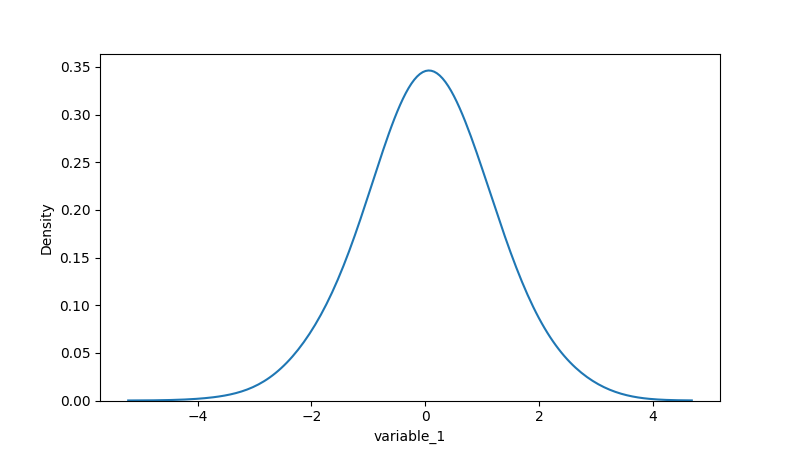
python, seaborn, kdeplot, hue='None', fill=False, bw_adjust=2.0